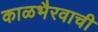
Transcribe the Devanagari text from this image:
काळभैरवाची